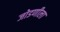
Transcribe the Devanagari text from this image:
जोडणीला